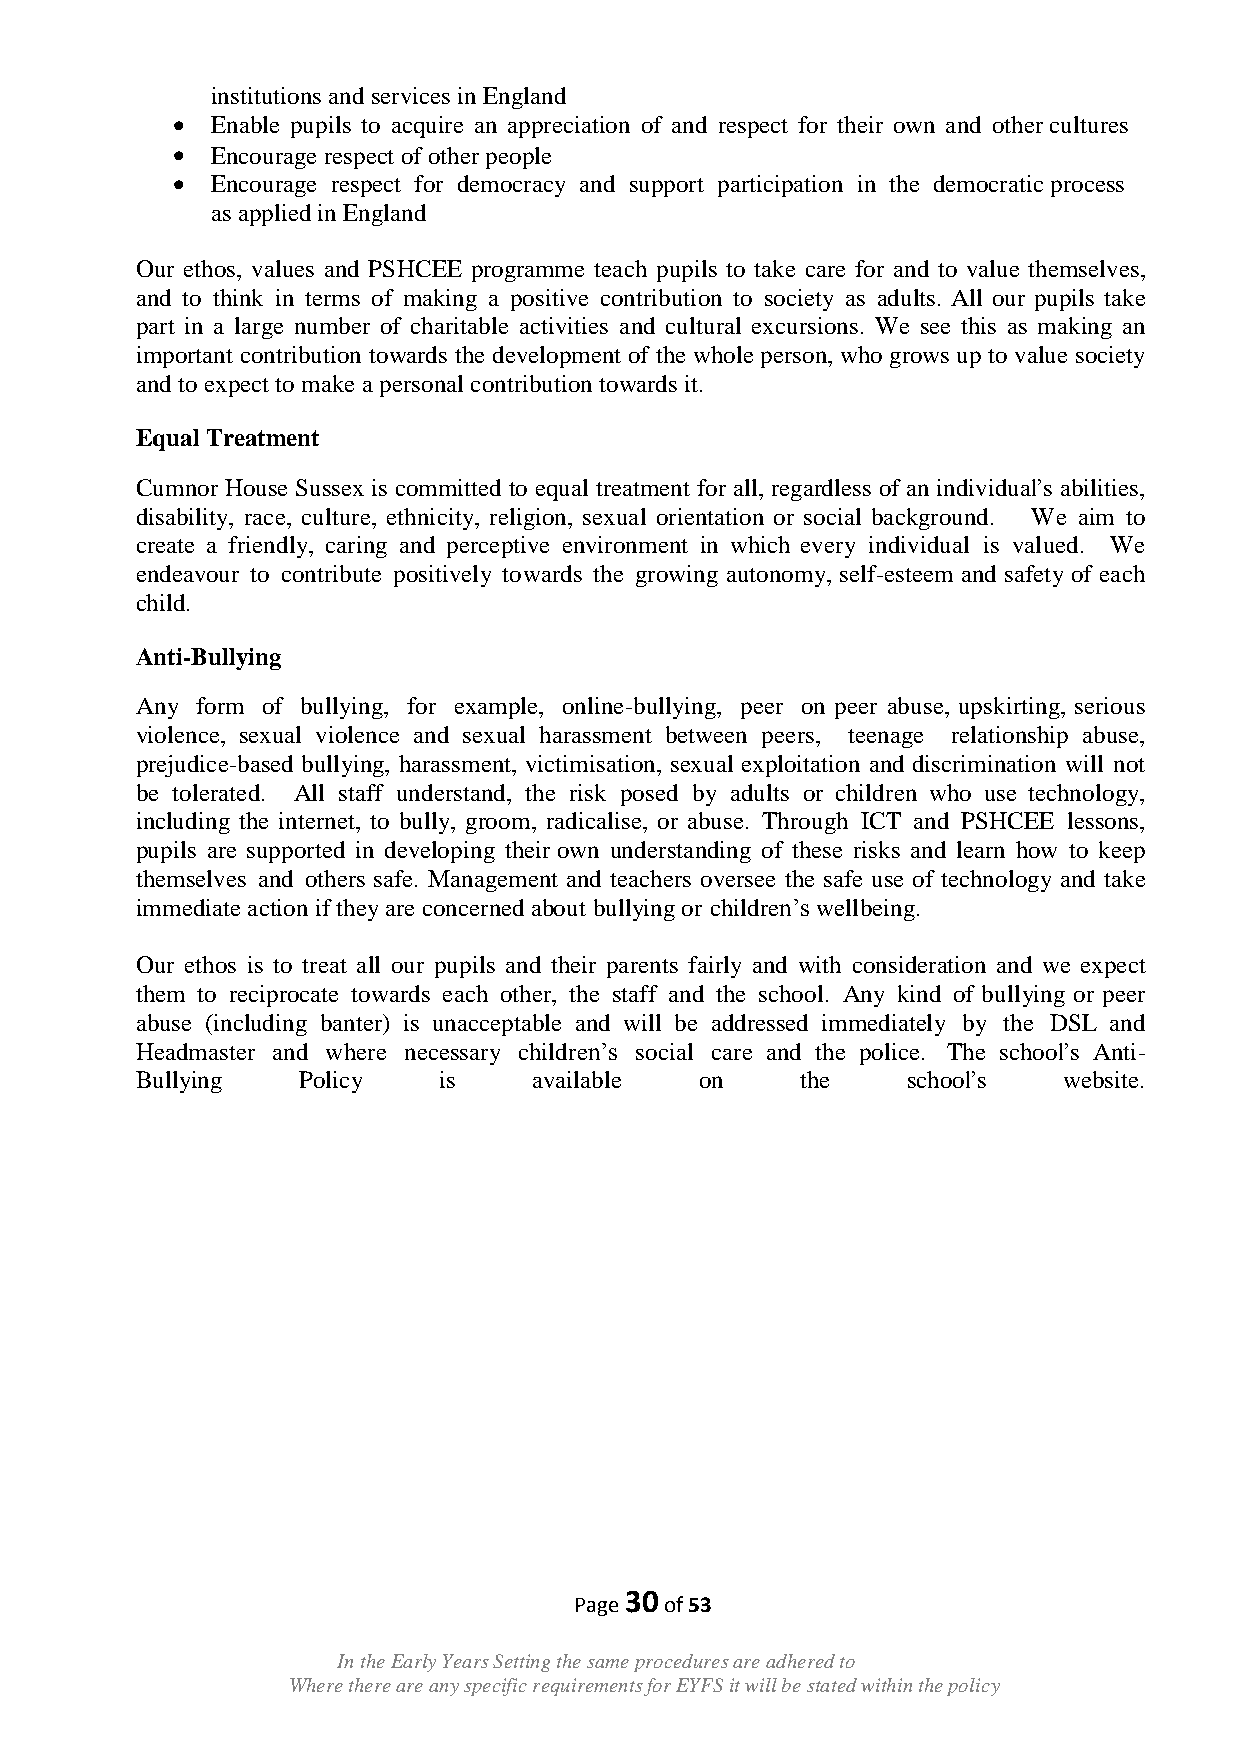
institutions and services in England
   Enable pupils to acquire an appreciation of and respect for their own and other cultures
   Encourage respect of other people
   Encourage respect for democracy and support participation in the democratic process
 as applied in England
 Our ethos, values and PSHCEE programme teach pupils to take care for and to value themselves,
 and to think in terms of making a positive contribution to society as adults. All our pupils take
 part in a large number of charitable activities and cultural excursions. We see this as making an
 important contribution towards the development of the whole person, who grows up to value society
 and to expect to make a personal contribution towards it.
 Equal Treatment
 Cumnor House Sussex is committed to equal treatment for all, regardless of an individual‟s abilities,
 disability, race, culture, ethnicity, religion, sexual orientation or social background. We aim to
 create a friendly, caring and perceptive environment in which every individual is valued. We
 endeavour to contribute positively towards the growing autonomy, self-esteem and safety of each
 child.
 Anti-Bullying
 Any form of bullying, for example, online-bullying, peer on peer abuse, upskirting, serious
 violence, sexual violence and sexual harassment between peers, teenage relationship abuse,
 prejudice-based bullying, harassment, victimisation, sexual exploitation and discrimination will not
 be tolerated. All staff understand, the risk posed by adults or children who use technology,
 including the internet, to bully, groom, radicalise, or abuse. Through ICT and PSHCEE lessons,
 pupils are supported in developing their own understanding of these risks and learn how to keep
 themselves and others safe. Management and teachers oversee the safe use of technology and take
 immediate action if they are concerned about bullying or children‟s wellbeing.
 Our ethos is to treat all our pupils and their parents fairly and with consideration and we expect
 them to reciprocate towards each other, the staff and the school. Any kind of bullying or peer
 abuse (including banter) is unacceptable and will be addressed immediately by the DSL and
 Headmaster and where necessary children‟s social care and the police. The school‟s Anti-
 Bullying   Policy   is    available  on     the    school‟s  website.
 30
 Page  of 53
 In the Early Years Setting the same procedures are adhered to
 Where there are any specific requirements for EYFS it will be stated within the policy